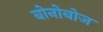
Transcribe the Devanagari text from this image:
बोनोबोज